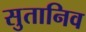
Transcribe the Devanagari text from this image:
सुतानिव